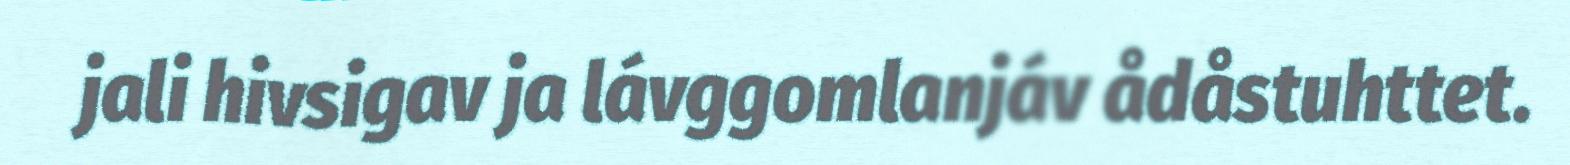
jali hivsigav ja lávggomlanjáv ådåstuhttet.